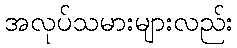
အလုပ်သမားများလည်း